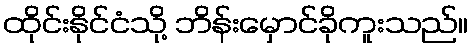
ထိုင်းနိုင်ငံသို့ ဘိန်းမှောင်ခိုကူးသည်။